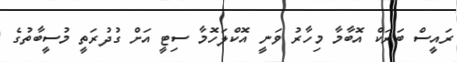
ރައީސް ބަރަކް އޮބާމާ މިހާރު ވަނީ އޮކްލަހޮމާ ސިޓީ އަށް ގުދުރަތީ މުސީބާތުގެ